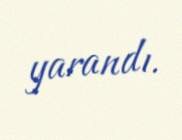
yarandı.